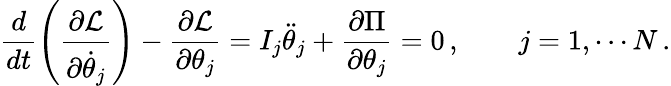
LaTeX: \frac{d}{dt}\left(\frac{\partial\mathcal{L}}{\partial\dot{\theta}_{j}}\right)-\frac{\partial\mathcal{L}}{\partial\theta_{j}}=I_{j}\ddot{\theta}_{j}+\frac{\partial\Pi}{\partial\theta_{j}}=0\, ,\qquad j=1,\cdots N\, .